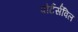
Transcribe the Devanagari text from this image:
पोर्टर्सविल